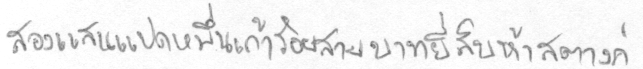
สองแสนแปดหมื่นเก้าร้อยสามบาทยี่สิบห้าสตางค์